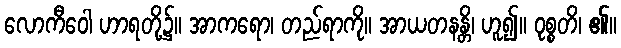
လောကီဝေါ ဟာရတို့၌။ အာကရော၊ တည်ရာကို။ အာယတနန္တိ၊ ဟူ၍။ ဝုစ္စတိ၊ ၏။